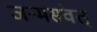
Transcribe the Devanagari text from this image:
जन्मसंवत्